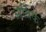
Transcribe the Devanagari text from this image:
आर्थिकं